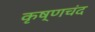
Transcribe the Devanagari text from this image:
कृष्णचंद